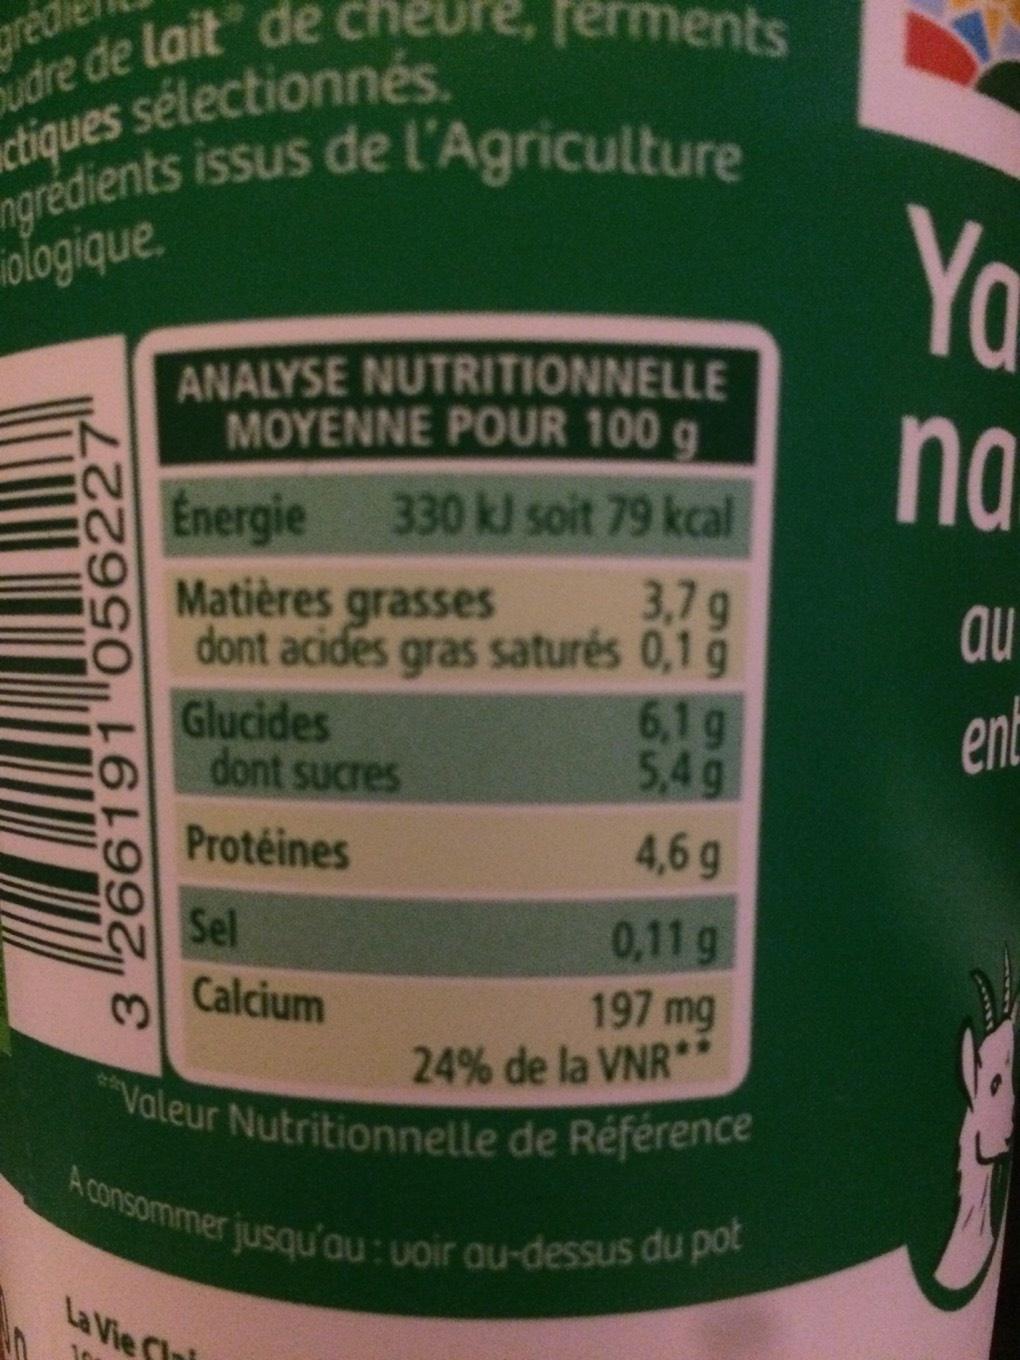
ure, ferments
udre de lait de cheur ngrédients issus de l'Agriculture ctiques sélectionnés.
iologique
3 266191 056227
ANALYSE NUTRITIONNELLE MOYENNE POUR 100 g
Energie 330 kJ soit 79 kcal
Matières grasses
3,7 g
dont acides gras saturés 0,1 g
Glucides dont sucres
Protéines
Sel
Calcium
6,1 g
5,4 g
4,6 g
0,11 g
197 mg
24% de la VNR*
**Valeur Nutritionnelle de Référence A consommer jusqu'au: voir au-dessus du pot
La Vie Clai
Yo
na
au
ent